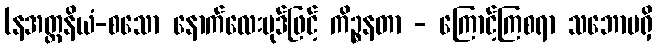
(နအတ္တနိယံ-စသော နောက်လေးပုဒ်ဖြင့် ကိဉ္စနတာ - ကြောင့်ကြစရာ သဘောမရှိ